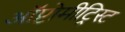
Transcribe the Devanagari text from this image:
ऑप्टोमीट्रिस्ट